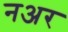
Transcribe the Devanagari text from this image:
नअर